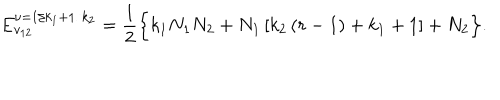
E _ { v _ { 1 2 } } ^ { \nu = 1 / k _ { 1 } + 1 / k _ { 2 } } = \frac { 1 } { 2 } \Big \{ k _ { 1 } N _ { 1 } N _ { 2 } + N _ { 1 } \left[ k _ { 2 } \left( r - 1 \right) + k _ { 1 } + 1 \right] + N _ { 2 } \Big \} .